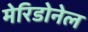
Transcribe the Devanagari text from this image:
मेरिडोनेल